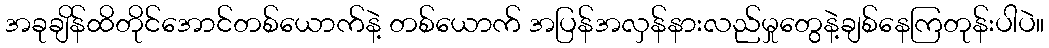
အခုချိန်ထိတိုင်အောင်တစ်ယောက်နဲ့ တစ်ယောက် အပြန်အလှန်နားလည်မှုတွေနဲ့ချစ်နေကြတုန်းပါပဲ။